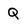
Character: q